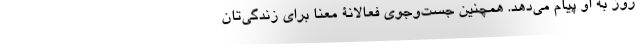
روز به او پیام می‌دهد. همچنین جست‌وجوی فعالانۀ معنا برای زندگی‌تان